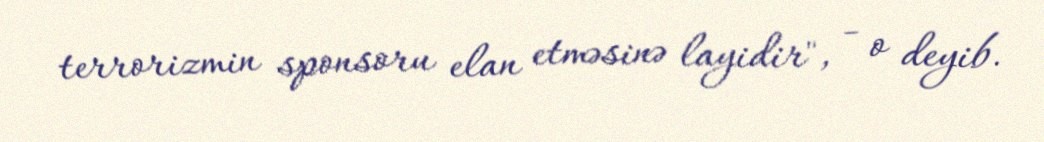
terrorizmin sponsoru elan etməsinə layidir", - o deyib.